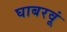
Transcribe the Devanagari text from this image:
घाबरवूं